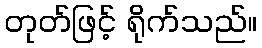
တုတ်ဖြင့် ရိုက်သည်။